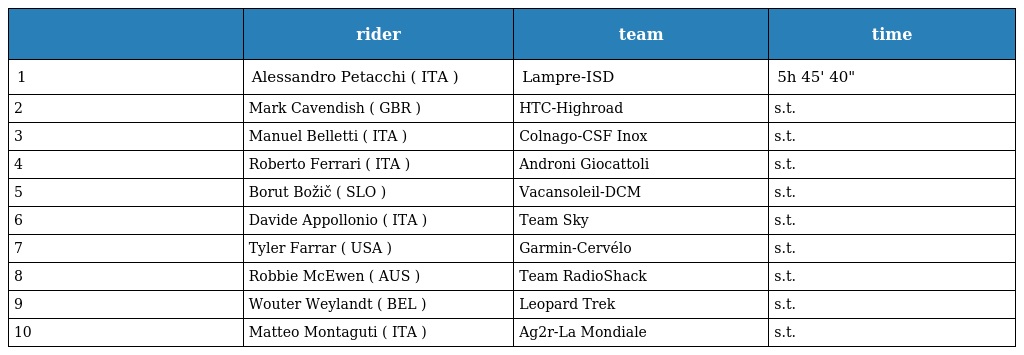
|  | rider | team | time |
 | --- | --- | --- | --- |
 | 1 | Alessandro Petacchi ( ITA ) | Lampre-ISD | 5h 45' 40" |
 | 2 | Mark Cavendish ( GBR ) | HTC-Highroad | s.t. |
 | 3 | Manuel Belletti ( ITA ) | Colnago-CSF Inox | s.t. |
 | 4 | Roberto Ferrari ( ITA ) | Androni Giocattoli | s.t. |
 | 5 | Borut Božič ( SLO ) | Vacansoleil-DCM | s.t. |
 | 6 | Davide Appollonio ( ITA ) | Team Sky | s.t. |
 | 7 | Tyler Farrar ( USA ) | Garmin-Cervélo | s.t. |
 | 8 | Robbie McEwen ( AUS ) | Team RadioShack | s.t. |
 | 9 | Wouter Weylandt ( BEL ) | Leopard Trek | s.t. |
 | 10 | Matteo Montaguti ( ITA ) | Ag2r-La Mondiale | s.t. |